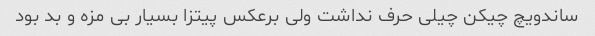
ساندویچ چیکن چیلی حرف نداشت ولی برعکس پیتزا بسیار بی مزه و بد بود